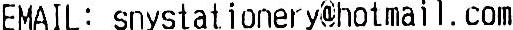
EMAIL : SNYSTATIONERY@HOTMAIL.COM